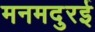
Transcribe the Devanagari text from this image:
मनमदुरई